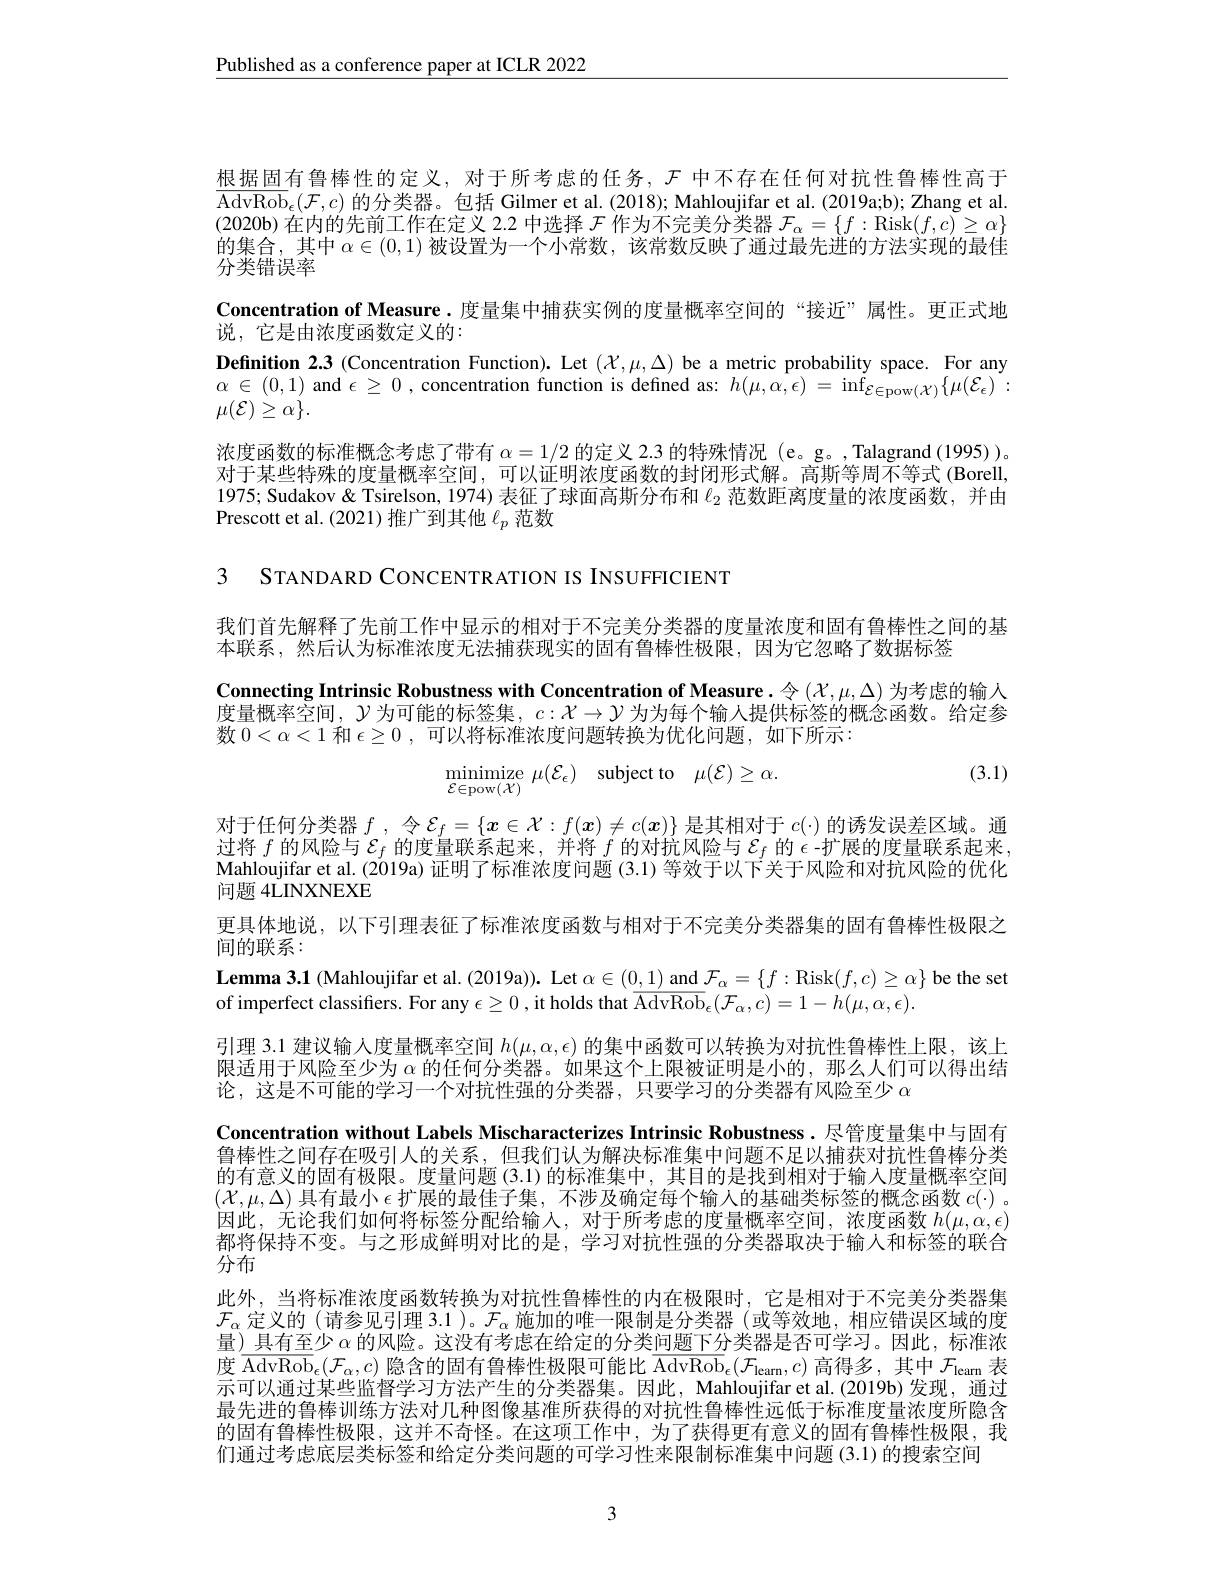
$\underline{\text{Published as a conference paper at ICLR 2022}}$

根据固有鲁棒性的定义，对于所考虑的任务，$\mathcal{F}$中不存在任何对抗性鲁棒性高于$\overline {\mathrm{AdvRob}}_\epsilon ( \mathcal{F} , c)$的分类器。包括 Gilmer et al. (2018); Mahloujifar et al. (2019a;b); Zhang et al. (2020b)在内的先前工作在定义 2.2 中选择$\mathcal{F}_\alpha=\{f:$Risk$(f,c)\geq\alpha\}$ 的集合，其中$\alpha\in(0,1)$被设置为一个小常数，该常数反映了通过最先进的方法实现的最佳分类错误率
Concentration of Measure.度量集中捕获实例的度量概率空间的“接近”属性。更正式地
说，它是由浓度函数定义的：
$\textbf{Definition 2. 3 ( Concentration Function) . Let }( \mathcal{X} , \mu , \Delta )$ be a metric probability space. For any $\alpha\in(0,1)$ and $\epsilon\geq0$, concentration function is defined as: $h(\mu,\alpha,\epsilon)=\inf_{\mathcal{E}\in\mathrm{pow}(\mathcal{X})}\{\mu(\mathcal{E}_{\epsilon}):$ $\mu(\mathcal{E})\geq\alpha\}.$
浓度函数的标准概念考虑了带有$\alpha=1/2$的定义 2.3 的特殊情况 (e。g。,Talagrand (1995))。对于某些特殊的度量概率空间，可以证明浓度函数的封闭形式解。高斯等周不等式 (Borell, 1975; Sudakov & Tsirelson, 1974) 表征了球面高斯分布和$\ell_{2}$范数距离度量的浓度函数，并由Prescott et al. (2021) 推广到其他$\ell_p$范数

3 STANDARD CONCENTRATION IS INSUFFICIENT

我们首先解释了先前工作中显示的相对于不完美分类器的度量浓度和固有鲁棒性之间的基
本联系，然后认为标准浓度无法捕获现实的固有鲁棒性极限，因为它忽略了数据标签
Connecting Intrinsic Robustness with Concentration of Measure. 令($\mathcal{X},\mu,\Delta)$为考虑的输人度量概率空间，$\mathcal{Y}$为可能的标签集，$c:\mathcal{X}\to\mathcal{Y}$ 为为每个输人提供标签的概念函数。给定参数$0<\alpha<1$和$\epsilon\geq0$,可以将标准浓度问题转换为优化问题，如下所示：

(3.1)
$$\mathop{\mathrm{minimize}}\limits_{\mathcal{E}\in\mathrm{pow}(\mathcal{X})}\mu(\mathcal{E}_{\epsilon})\quad\mathop{\mathrm{subject~to}}\quad\mu(\mathcal{E})\geq\alpha.$$
对于任何分类器$f$ , 令$\mathcal{E}_f=\{x\in\mathcal{X}:f(x)\neq c(\boldsymbol{x})\}$是其相对于$c(\cdot)$的诱发误差区域。通过将$f$的风险与$\mathcal{E}_f$的度量联系起来，并将$f$的对抗风险与$\mathcal{E}_f$的$\epsilon$-扩展的度量联系起来， Mahloujifar et al. (2019a) 证明了标准浓度问题 (3.1) 等效于以下关于风险和对抗风险的优化问题 4LINXNEXE
更具体地说，以下引理表征了标准浓度函数与相对于不完美分类器集的固有鲁棒性极限之
间的联系：
$\textbf{Lemma 3. 1 ( Mahloujifar et al. ( 2019a) ) . Let }\alpha \in ( 0, 1)$ and $\mathcal{F}_\alpha=\{f:\operatorname{Risk}(f,c)\geq\alpha\}$ be the set
of imperfect classifiers. For any $\epsilon\geq0$, it holds that $\overline\mathrm{AdvRob}_{\epsilon}(\mathcal{F}_{\alpha},c)=1-h(\mu,\alpha,\epsilon).$
引理 3.1 建议输人度量概率空间$h(\mu,\alpha,\epsilon)$的集中函数可以转换为对抗性鲁棒性上限，该上限适用于风险至少为$\alpha$的任何分类器。如果这个上限被证明是小的，那么人们可以得出结论，这是不可能的学习一个对抗性强的分类器，只要学习的分类器有风险至少$\alpha$
Concentration without Labels Mischaracterizes Intrinsic Robustness. 尽管度量集中与固有鲁棒性之间存在吸引人的关系，但我们认为解决标准集中问题不足以捕获对抗性鲁棒分类的有意义的固有极限。度量问题(3.1)的标准集中，其目的是找到相对于输入度量概率空间$( \mathcal{X} , \mu , \Delta )$ 具 有 最 小 $\epsilon$ 扩 展 的 最 佳 子 集 , 不 涉 及 确 定 每 个 输 人 的 基 础 类 标 签 的 概 念 函 数 $c( \cdot )$ 。因此，无论我们如何将标签分配给输入，对于所考虑的度量概率空间，浓度函数$h(\mu,\alpha,\epsilon)$ 都将保持不变。与之形成鲜明对比的是，学习对抗性强的分类器取决于输人和标签的联合分布
此外，当将标准浓度函数转换为对抗性鲁棒性的内在极限时，它是相对于不完美分类器集$\mathcal{F}_\alpha$定义的 (请参见引理 3.1 )。$\mathcal{F}_\alpha$施加的唯一限制是分类器 (或等效地，相应错误区域的度量)具有至少$\alpha$的风险。这没有考虑在给定的分类问题下分类器是否可学习。因此，标准浓度$\overline{\mathrm{AdvRob}}_\epsilon(\mathcal{F}_\alpha,c)$隐含的固有鲁棒性极限可能比$\overline\mathrm{AdvRob}_\epsilon(\mathcal{F}_\text{learn},c)$高得多，其中$\mathcal{F}_\text{leam 表}$ 示可以通过某些监督学习方法产生的分类器集。因此，Mahloujifar et al.(2019b)发现，通过最先进的鲁棒训练方法对几种图像基准所获得的对抗性鲁棒性远低于标准度量浓度所隐含的固有鲁棒性极限，这并不奇怪。在这项工作中，为了获得更有意义的固有鲁棒性极限，我们通过考虑底层类标签和给定分类问题的可学习性来限制标准集中问题 (3.1)的搜索空间

3